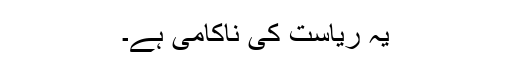
یہ ریاست کی ناکامی ہے۔